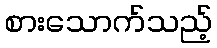
စားသောက်သည့်